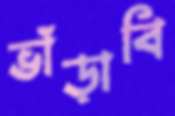
ভাঁড়াবি